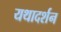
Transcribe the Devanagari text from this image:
यथादर्शन